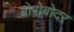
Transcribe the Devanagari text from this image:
बोरोबोदर